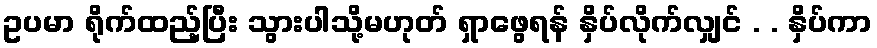
ဥပမာ ရိုက်ထည့်ပြီး သွားပါသို့မဟုတ် ရှာဖွေရန် နှိပ်လိုက်လျှင် . . နှိပ်ကာ